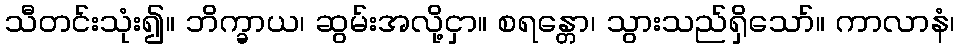
သီတင်းသုံး၍။ ဘိက္ခာယ၊ ဆွမ်းအလို့ငှာ။ စရန္တော၊ သွားသည်ရှိသော်။ ကာလာနံ၊